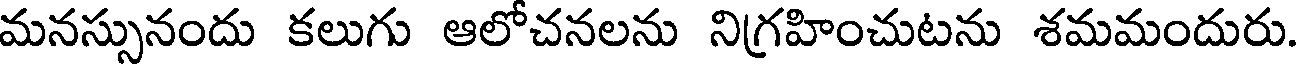
మనస్సునందు కలుగు ఆలోచనలను నిగ్రహించుటను శమమందురు.